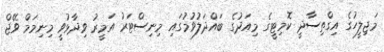
މަޖިލީހުގެ އިގްތިސާދީ ކޮމިޓީގެ މިއަދުގެ ބައްދަލުވުމުގައި މިނިސްޓަރު އަމީރު ވިދާޅުވީ މިނިމަމް ވޭޖް